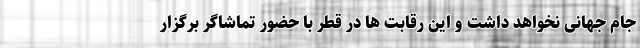
جام جهانی نخواهد داشت و این رقابت ها در قطر با حضور تماشاگر برگزار